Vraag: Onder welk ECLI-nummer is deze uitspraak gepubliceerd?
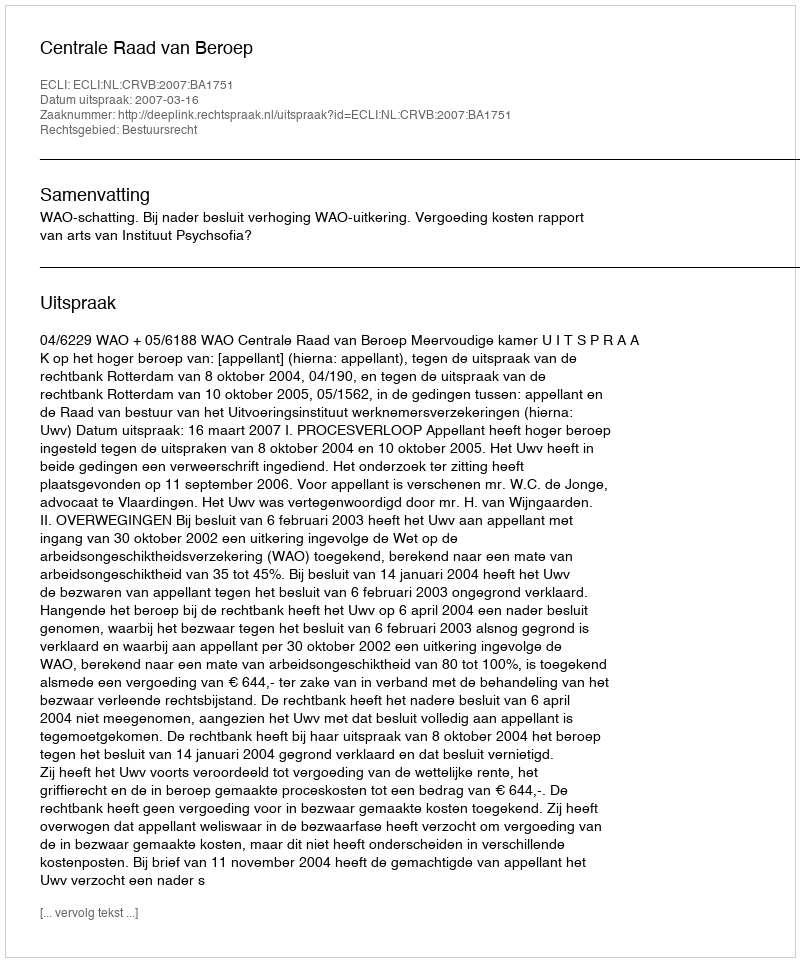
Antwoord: ECLI:NL:CRVB:2007:BA1751